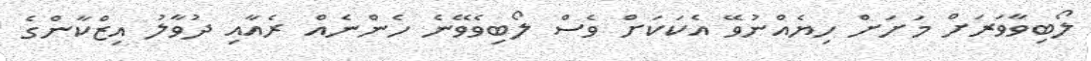
ލޯބިވާވަރަށް މަށަށް ހިޔެއްނުވޭ އެކަކަށް ވެސް ލޯބިވެވޭނެ ހެންނެއް ރެއާއި ދުވާލު އިޒްކާންގެ